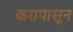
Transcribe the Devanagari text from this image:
करापासून